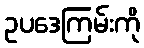
ဥပဒေကြမ်းကို